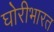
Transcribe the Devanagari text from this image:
घोरीभारत